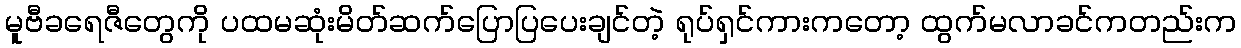
မူဗီခရေဇီတွေကို ပထမဆုံးမိတ်ဆက်ပြောပြပေးချင်တဲ့ ရုပ်ရှင်ကားကတော့ ထွက်မလာခင်ကတည်းက